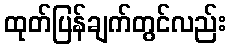
ထုတ်ပြန်ချက်တွင်လည်း